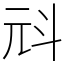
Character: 㪴